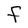
Character: F